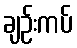
ချဉ်းကပ်